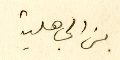
من الجاهلية